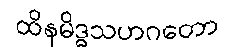
ထိနမိဒ္ဓသဟဂတော